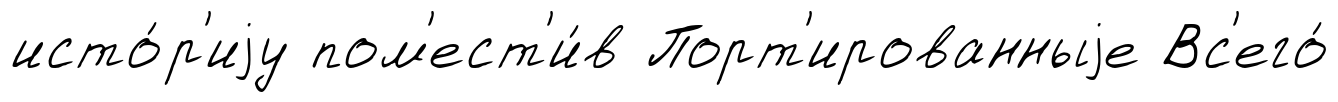
исто́р'иjу пом'ест'и́в Порт'ированныjе Вс'его́